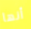
أنها